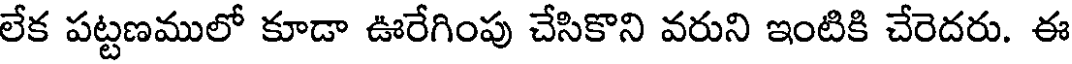
లేక పట్టణములో కూడా ఊరేగింపు చేసికొని వరుని ఇంటికి చేరెదరు. ఈ